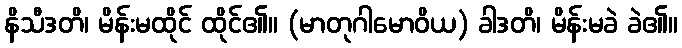
နိသီဒတိ၊ မိန်းမထိုင် ထိုင်၏။ (မာတုဂါမောဝိယ) ခါဒတိ၊ မိန်းမခဲ ခဲ၏။